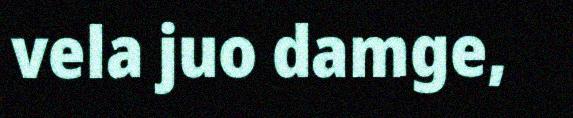
vela juo damge,